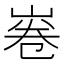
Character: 㟡